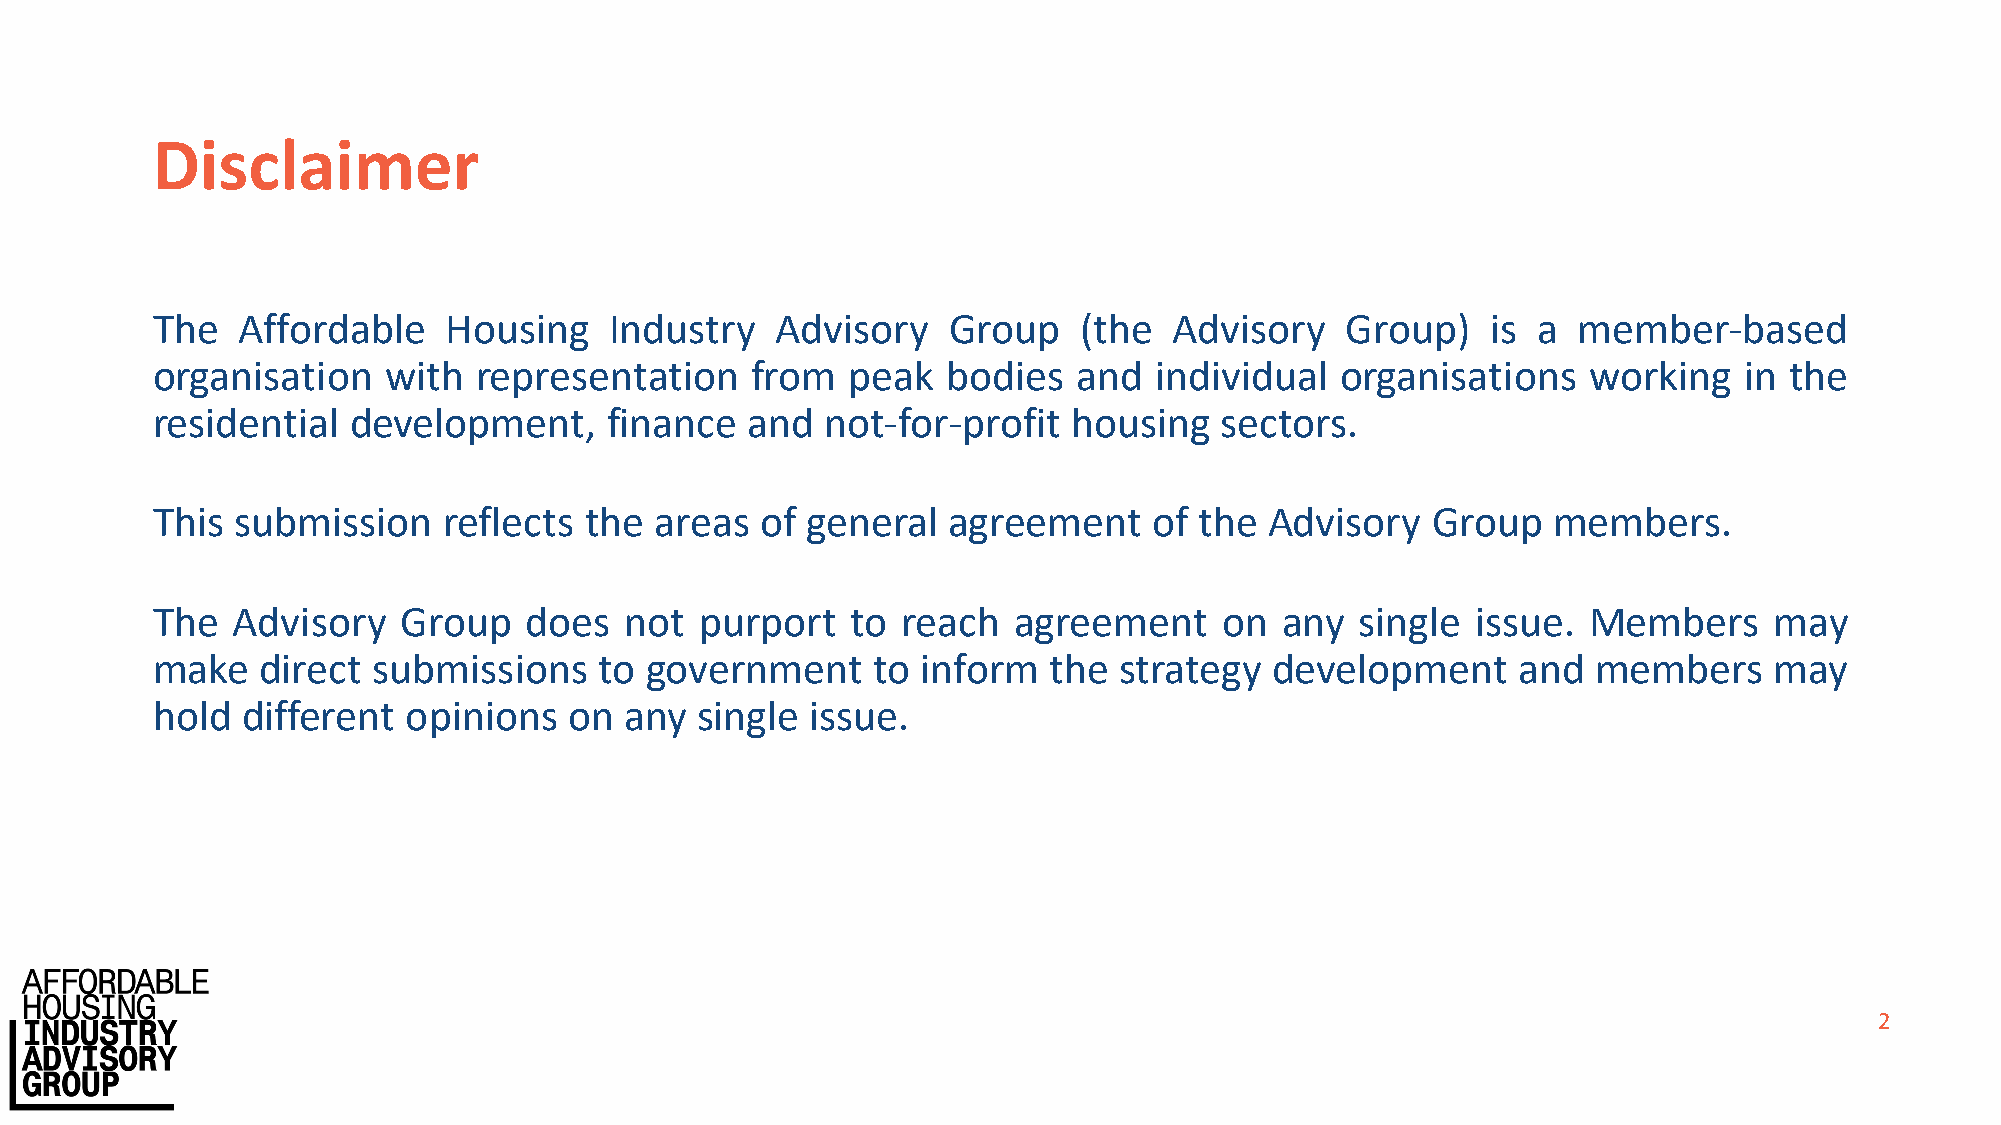
Disclaimer
 The   Affordable   Housing    Industry   Advisory    Group   (the   Advisory   Group)    is a member-based
 organisation   with  representation     from  peak   bodies  and  individual   organisations   working   in the
 residential  development,     finance  and   not-for-profit  housing   sectors.
 This submission    reflects  the areas  of general   agreement    of the  Advisory   Group   members.
 The  Advisory   Group    does  not  purport   to  reach  agreement     on  any  single  issue. Members     may
 make   direct  submissions    to government     to inform  the  strategy  development     and   members    may
 hold  different  opinions   on any  single  issue.
 2